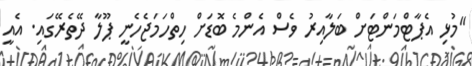
"މުޅި އެޕާޓްމަންޓަށް ބަލާއިރު ވެސް އެންމެ ބޮޑަށް ހިތްހަމަޖެހެނީ ޕޫލާ ދޭތެރޭގައި. އެއީ